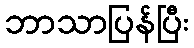
ဘာသာပြန်ပြီး